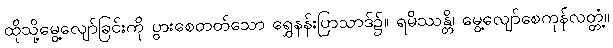
ထိုသို့မွေ့လျော်ခြင်းကို ပွားစေတတ်သော ရွှေနန်းပြာသာဒ်၌။ ရမိဿန္တိ၊ မွေ့လျော်စေကုန်လတ္တံ့။